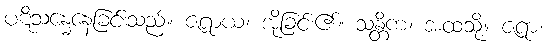
ပဋိသန္ဓေနေခြင်းသည်။ ဇရာယ၊ အိုခြင်း၏။ သန္တိကံ၊ အထံသို့။ ဇရာ၊